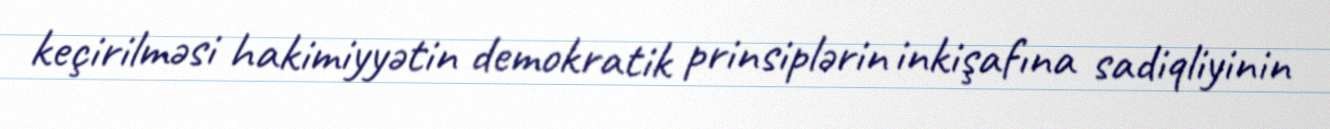
keçirilməsi hakimiyyətin demokratik prinsiplərin inkişafına sadiqliyinin